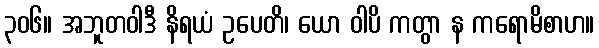
၃၀၆။ အဘူတဝါဒီ နိရယံ ဥပေတိ၊ ယော ဝါပိ ကတွာ န ကရောမိစာဟ။